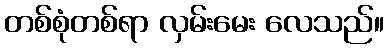
တစ်စုံတစ်ရာ လှမ်းမေး လေသည်။